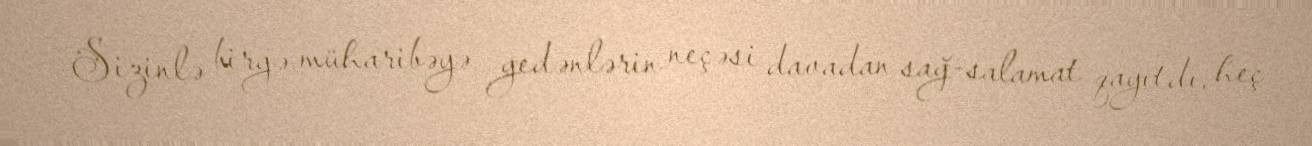
- Sizinlə birgə müharibəyə gedənlərin neçəsi davadan sağ-salamat qayıtdı, heç